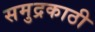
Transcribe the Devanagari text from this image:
समुद्रकाठी